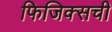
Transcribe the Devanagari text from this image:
फिजिक्सची